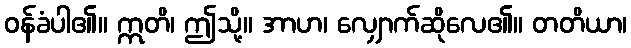
ဝန်ခံပါ၏။ ဣတိ၊ ဤသို့။ အာဟ၊ လျှောက်ဆိုလေ၏။ တတိယာ၊